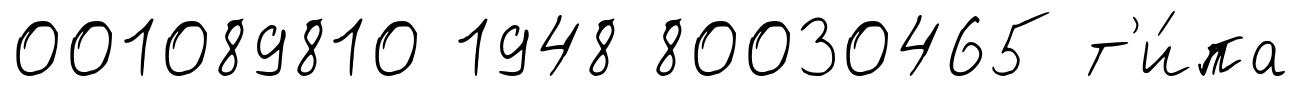
001089810 1948 80030465 т'и́па